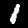
Label: 1